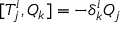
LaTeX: [ T _ { j } ^ { i } , Q _ { k } ] = - \delta _ { k } ^ { i } Q _ { j }